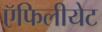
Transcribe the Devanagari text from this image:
ऍफिलीयेट